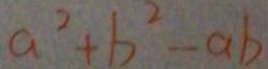
a ^ { 2 } + b ^ { 2 } - a b